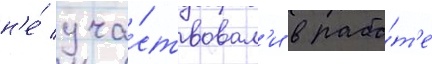
н'е́ уча́ствовал'и в рабо́т'е